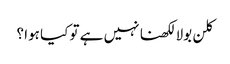
کلن بولا لکھنا نہیں ہے تو کیا ہوا ؟